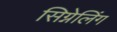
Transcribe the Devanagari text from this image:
सिग्नेलिंग